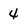
Character: 4